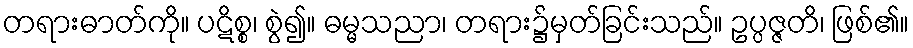
တရားဓာတ်ကို။ ပဋိစ္စ၊ စွဲ၍။ ဓမ္မသညာ၊ တရား၌မှတ်ခြင်းသည်။ ဥပ္ပဇ္ဇတိ၊ ဖြစ်၏။